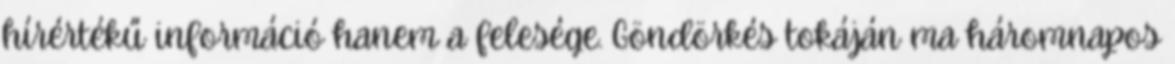
hírértékű információ hanem a felesége. Göndörkés tokáján ma háromnapos